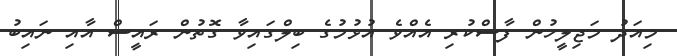
މިއަދު މަޖިލީހުން ފާސްކުރި އެއްވެ އުޅުމުގެ ބިލްގައިވާ ގޮތުން ރައީސް އާއި ނައިބު